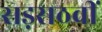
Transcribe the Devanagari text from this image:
सड़सठवीं